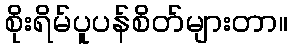
စိုးရိမ်ပူပန်စိတ်များတာ။